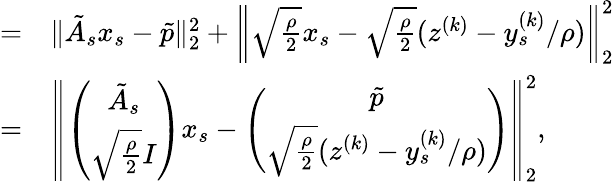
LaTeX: \begin{array}{rl}{=}&{{}\| \tilde{A}_{s}x_{s}-\tilde{p}\| _{2}^{2}+\left\| \sqrt{\frac{\rho}{2}}x_{s}-\sqrt{\frac{\rho}{2}}(z^{(k)}-y_{s}^{(k)}/\rho)\right\| _{2}^{2}}\\ {=}&{{}\left\| \left(\begin{array}{c}{\tilde{A}_{s}}\\ {\sqrt{\frac{\rho}{2}}I}\end{array}\right)x_{s}-\left(\begin{array}{c}{\tilde{p}}\\ {\sqrt{\frac{\rho}{2}}(z^{(k)}-y_{s}^{(k)}/\rho)}\end{array}\right)\right\| _{2}^{2},}\end{array}